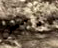
هامش